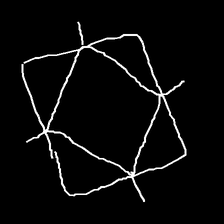
Glyph: light